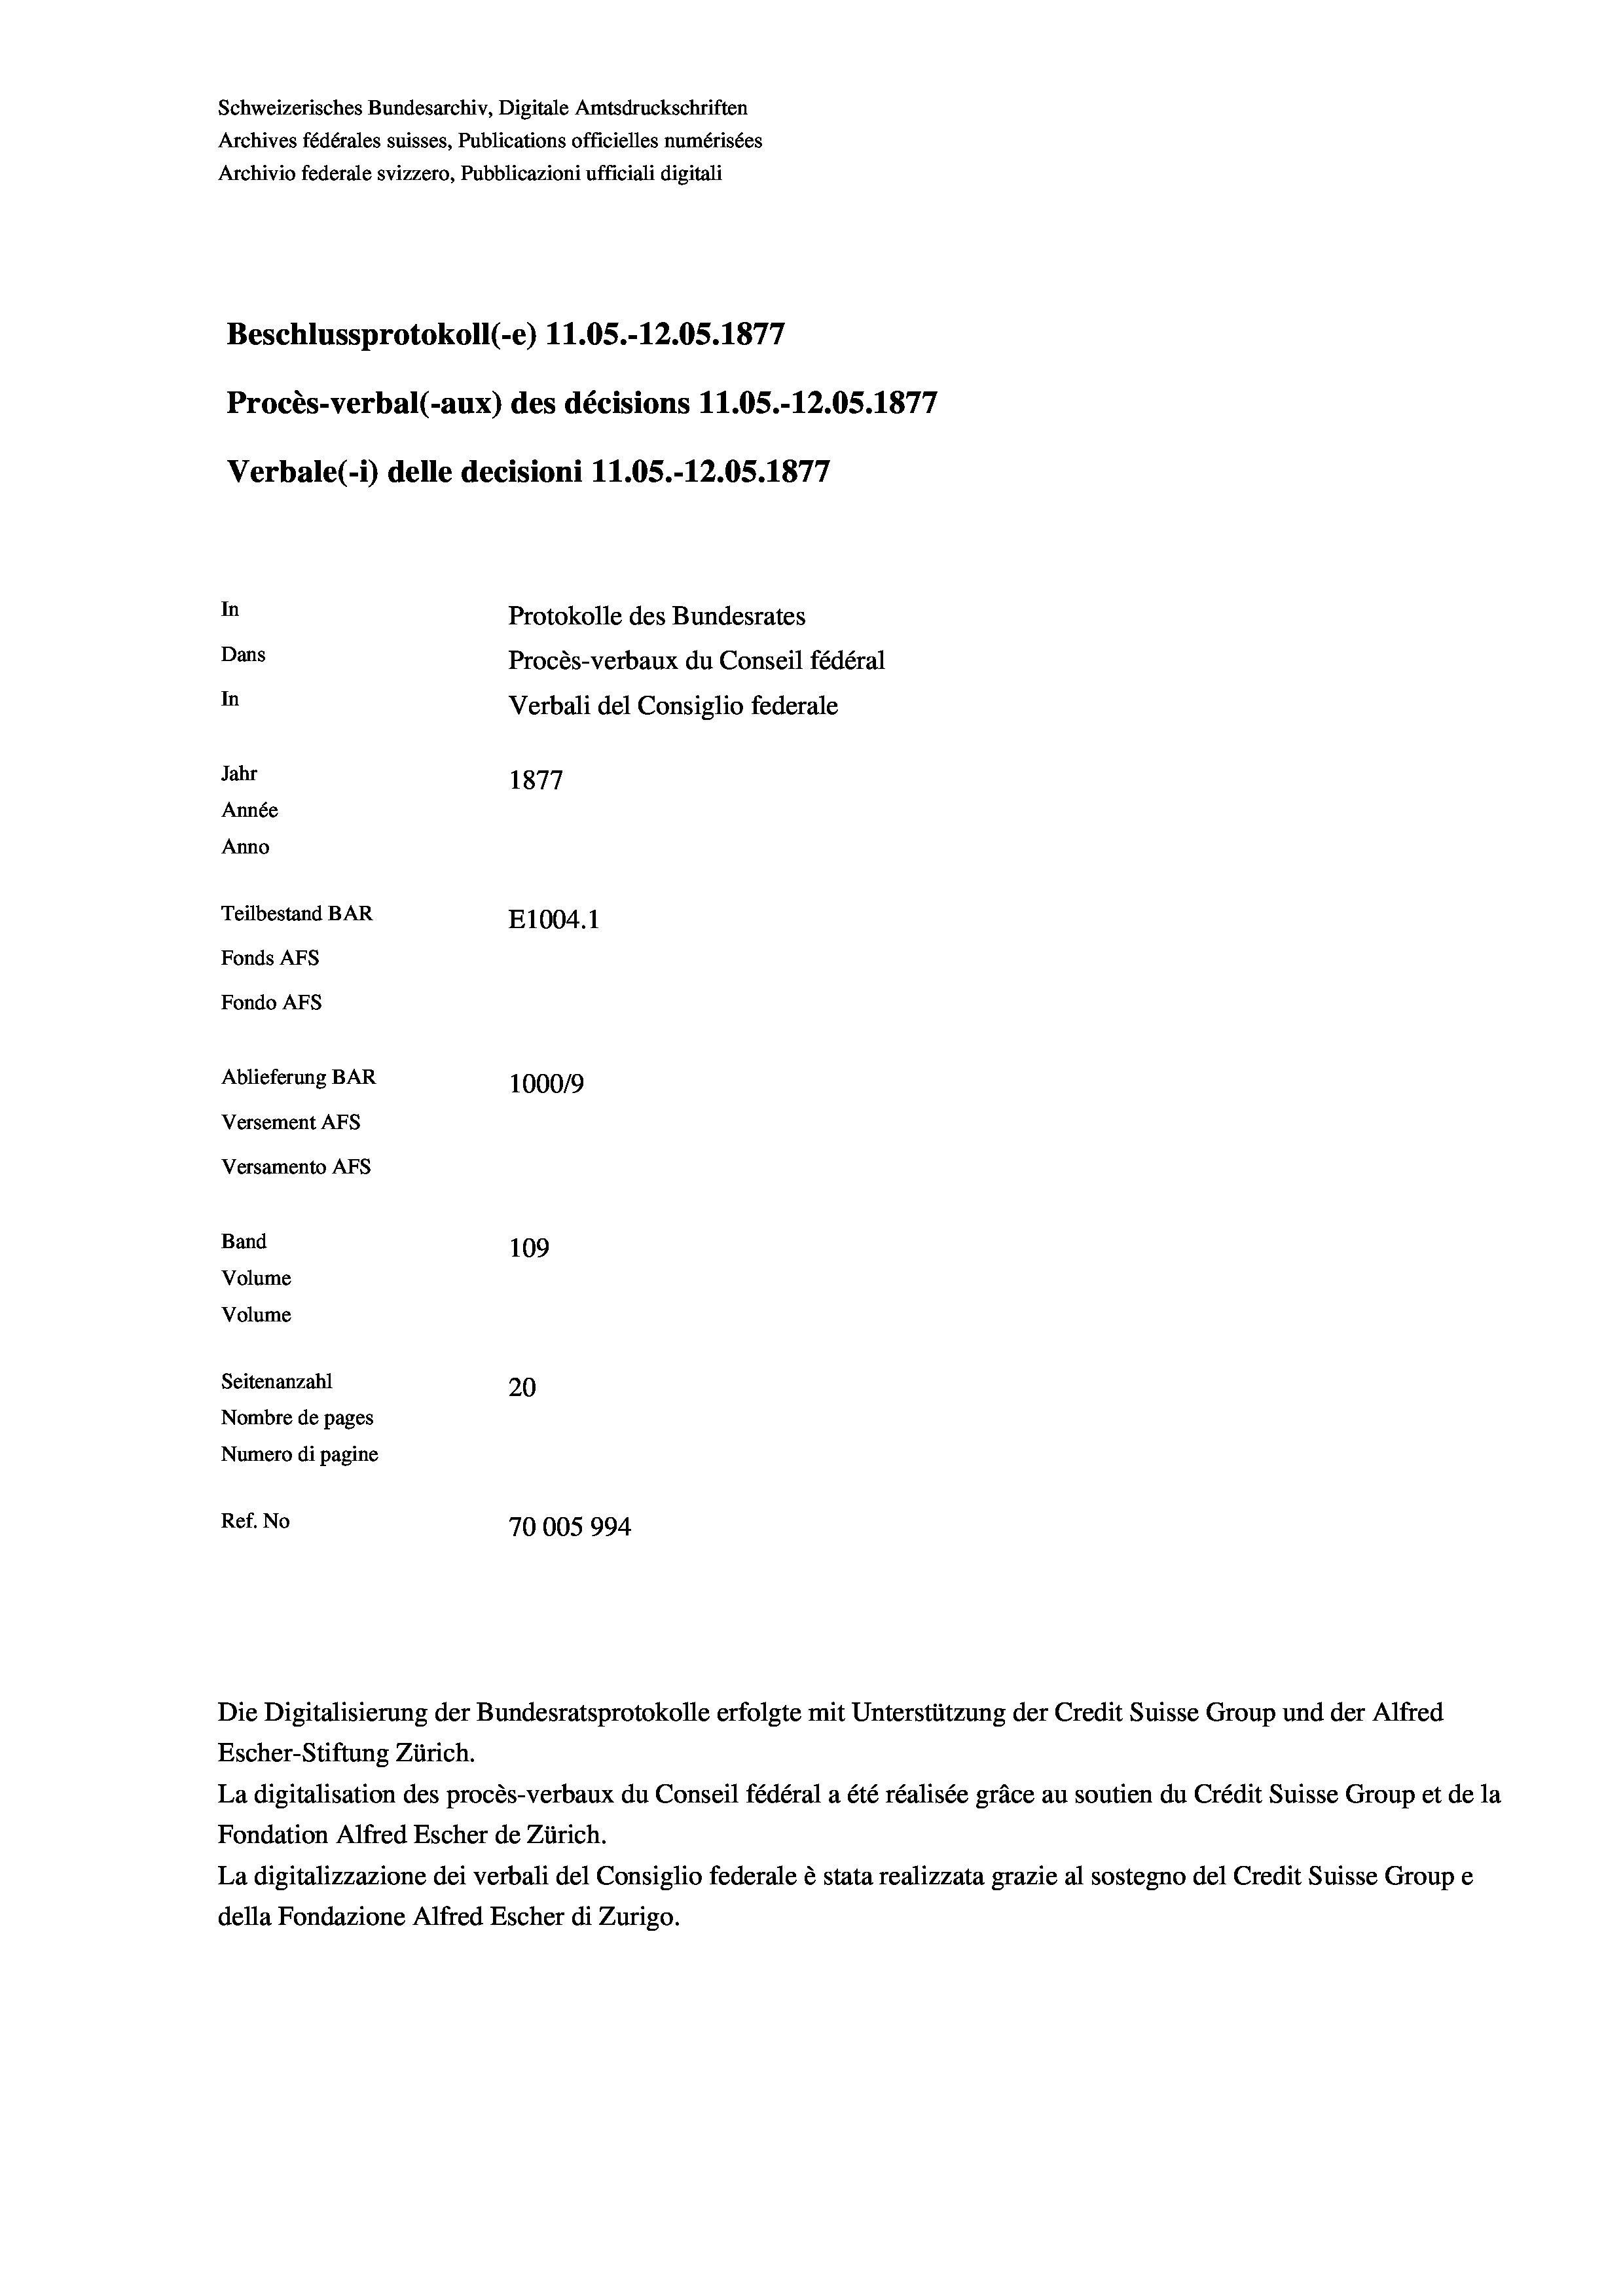
Schweizerisches Bundesarchiv, Digitale Amtsdruckschriften
Archives fédérales suisses, Publications officielles numérisées
Archivio federale svizzero, Pubblicazioni ufficiali digitali
Beschlussprotokoll (-e) 11.05.-12.05. 1877
Procès-verbal (-aux) des décisions 11.05.-12.05. 1877
Verbale(-*) delle decisioni 11.05.-12.05. 1877
In
Protokolle des Bundesrates
Dans
Procès-verbaux du Conseil fédéral
In
Verbali del Consiglio federale
Jahr
1877
Année
Anno
Teilbestand BAR
E1004. 1
Fonds AFs
Fondo AFs
Ablieferung BAR
100019
Versement AFs
Versamento Afs
Band
109
Volume
Volume

Seitenanzahl
20
Nombre de pages
Numero di pagine
Ref. No
70005994

Escher-Stiftung Zürich.
La digitalisation des procès-verbaux du Conseil fédéral a été réalisée gräce au soutien du Crédit Suisse Group et de la
Fondation Alfred Escher de Zürich.
La digitalizzazione dei verbali del Consiglio federale è stata realizzata grazie al sostegno del Credit Suisse Groupe
della Fondazione Alfred Escher di Zurigo.

Die Digitalisierung der Bundesratsprotokolle erfolgte mit Unterstützung der Credit Suisse Group und der Alfred